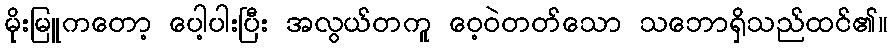
မိုးမြူကတော့ ပေါ့ပါးပြီး အလွယ်တကူ ဝေ့ဝဲတတ်သော သဘောရှိသည်ထင်၏။